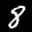
Label: 8